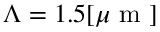
\Lambda = 1 . 5 [ \mu \mathrm { ~ m ~ } ]